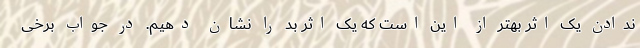
ندادن یک اثر بهتر از این است که یک اثر بد را نشان دهیم. در جواب برخی